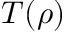
T ( \rho )